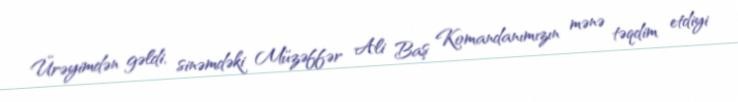
Ürəyimdən gəldi, sinəmdəki Müzəffər Ali Baş Komandanımızın mənə təqdim etdiyi